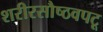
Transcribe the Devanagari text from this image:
शरीरसौष्ठवपटू